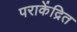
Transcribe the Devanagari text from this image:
पराकेंद्रित